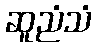
ဆူညံသံ